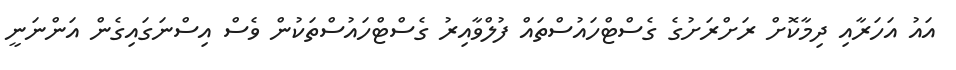
އައު އަހަރާއި ދިމާކޮށް ރަށްރަށުގެ ގެސްޓްހައުސްތައް ފުލްވާއިރު ގެސްޓްހައުސްތަކުން ވެސް އިސްނަގައިގެން އަންނަނީ